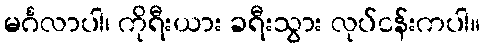
မင်္ဂလာပါ၊ ကိုရီးယား ခရီးသွား လုပ်ငန်းကပါ။